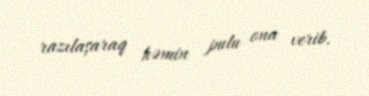
razılaşaraq həmin pulu ona verib.